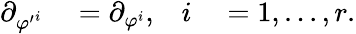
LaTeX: \begin{array}{rlrl}{\partial_{{\varphi^{\prime}}^{i}}}&{{}=\partial_{\varphi^{i}},}&{i}&{{}=1,...,r.}\end{array}